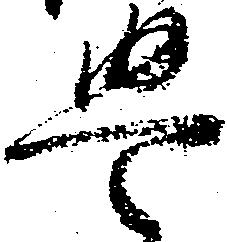
豊